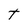
Character: t